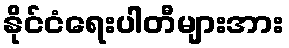
နိုင်ငံရေးပါတီများအား